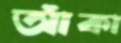
আঁকা